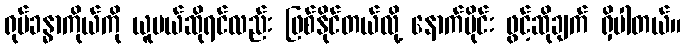
ရုပ်ခန္ဓာကိုယ်ကို ယူမယ်ဆိုရင်လည်း ဖြစ်နိုင်တယ်လို့ နောက်ပိုင်း ဖွင့်ဆိုချက် ရှိပါတယ်။